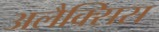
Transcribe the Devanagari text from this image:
अलैक्सिस